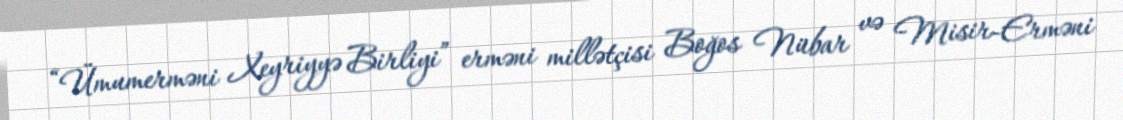
“Ümumerməni Xeyriyyə Birliyi” erməni millətçisi Boğos Nübar və Misir-Erməni